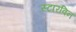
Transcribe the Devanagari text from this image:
स्टारविन